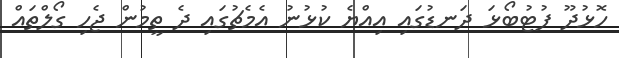
ހޮޅުދޫ ފުޓުބޯޅަ ދަނޑުގައި އިއްޔެ ކުޅުނު އެމެޗުގައި ދެ ތީމުން ޖެހި ގޯލްތައް